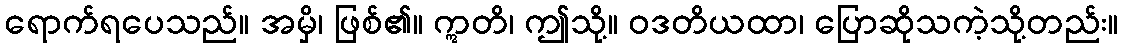
ရောက်ရပေသည်။ အမှိ၊ ဖြစ်၏။ ဣတိ၊ ဤသို့။ ဝဒတိယထာ၊ ပြောဆိုသကဲ့သို့တည်း။